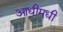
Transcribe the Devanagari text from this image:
आधीमधी